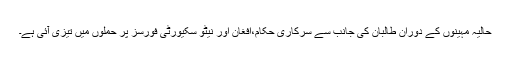
حالیہ مہینوں کے دوران طالبان کی جانب سے سرکاری حکام،افغان اور نیٹو سکیورٹی فورسز پر حملوں میں تیزی آئی ہے۔